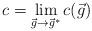
LaTeX: \begin{align*}c=\lim _{\vec{g}\rightarrow \vec{g}^{*}}c(\vec{g})\end{align*}